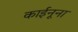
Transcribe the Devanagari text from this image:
काईनूना